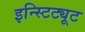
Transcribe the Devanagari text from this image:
इन्स्टिट्यूट